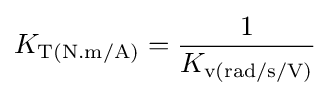
K_{\text{T(N.m/A)}}={\frac {1}{K_{\text{v(rad/s/V)}}}}